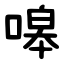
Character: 嗥